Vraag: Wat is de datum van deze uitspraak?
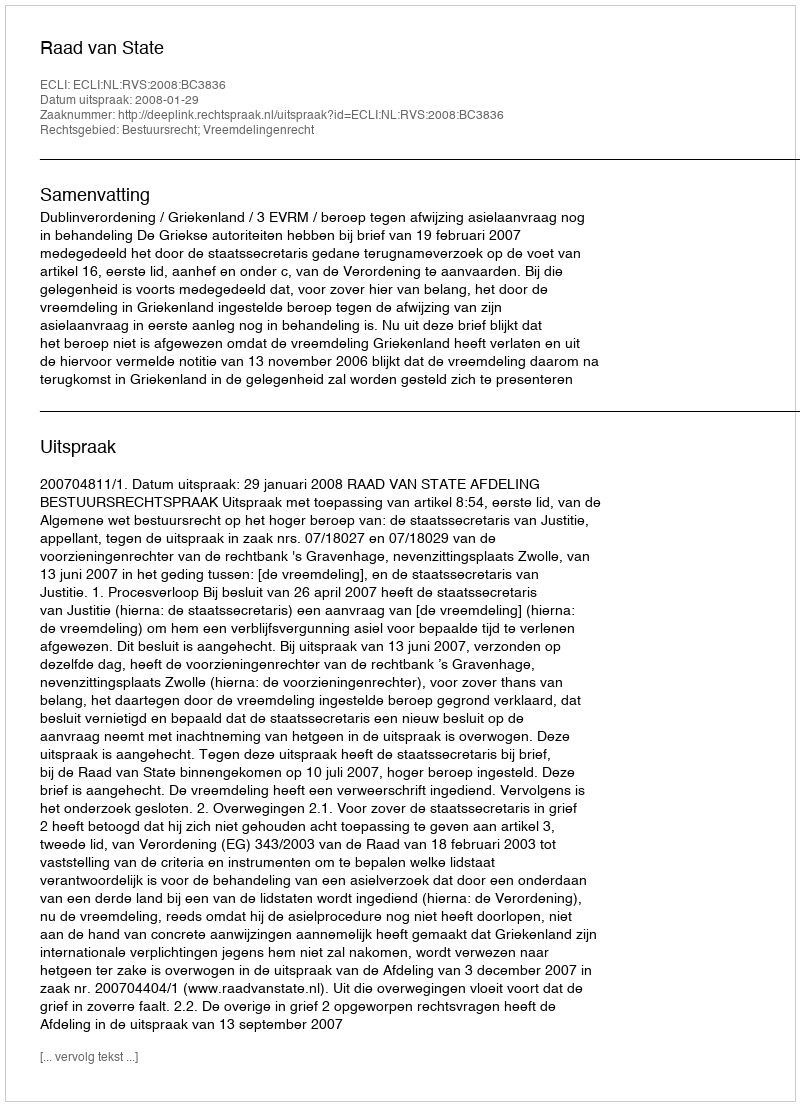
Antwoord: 2008-01-29